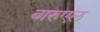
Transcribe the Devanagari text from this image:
बारुएल